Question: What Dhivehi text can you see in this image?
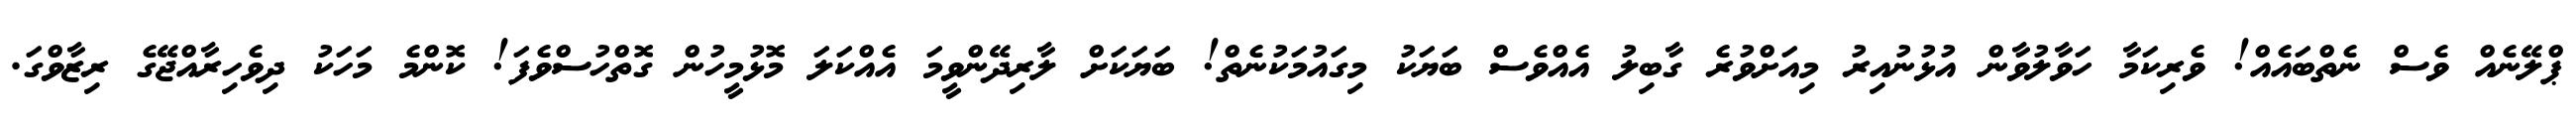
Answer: ޕްލޭނެއް ވެސް ނެތްބައެއް! ވެރިކަމާ ހަވާލުވާން އުޅުނުއިރު މިއަށްވުރެ ގާބިލު އެއްވެސް ބަޔަކު މިގައުމަކުނެތް! ބަޔަކަށް ލާރިދޭންވީމަ އެއްކަލަ މޮޅުމީހުން ގޮތްހުސްވެފަ! ކޮންމެ މަހަކު ދިވެހިރާއްޖޭގެ ރިޒާވްގަ.